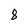
Character: 8